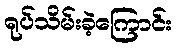
ရုပ်သိမ်းခဲ့ကြောင်း